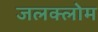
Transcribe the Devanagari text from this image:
जलक्लोम